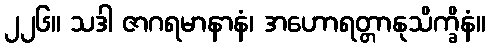
၂၂၆။ သဒါ ဇာဂရမာနာနံ၊ အဟောရတ္တာနုသိက္ခိနံ။